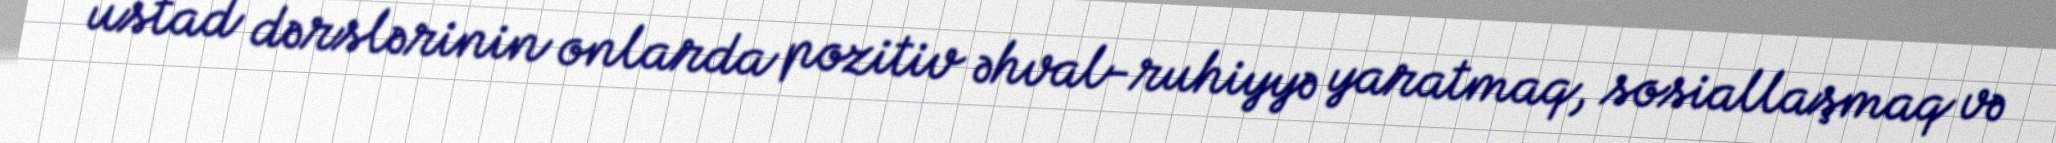
ustad dərslərinin onlarda pozitiv əhval-ruhiyyə yaratmaq, sosiallaşmaq və